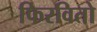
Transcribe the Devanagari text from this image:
फिरवितो